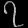
Digit: ၇